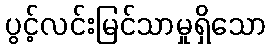
ပွင့်လင်းမြင်သာမှုရှိသော